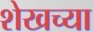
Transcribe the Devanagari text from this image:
शेखच्या